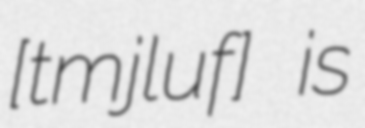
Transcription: [ˈtʂmjɛluf] is